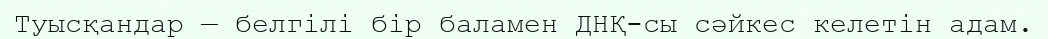
Туысқандар — белгілі бір баламен ДНҚ-сы сәйкес келетін адам.